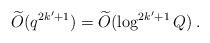
LaTeX: \begin{align*}\widetilde{O}(q^{2k'+1}) = \widetilde{O}(\log^{2k'+1}{Q}) \:. \end{align*}